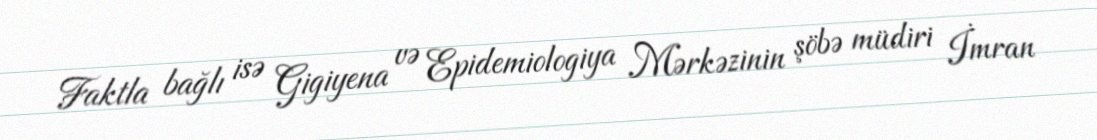
Faktla bağlı isə Gigiyena və Epidemiologiya Mərkəzinin şöbə müdiri İmran